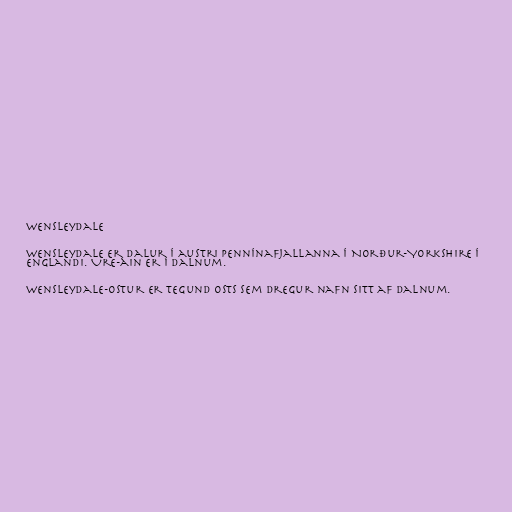
Wensleydale

Wensleydale er dalur í austri Pennínafjallanna í Norður-Yorkshire í
Englandi. Ure-áin er í dalnum.

Wensleydale-ostur er tegund osts sem dregur nafn sitt af dalnum.